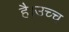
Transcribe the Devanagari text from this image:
है।उच्च